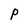
Character: P